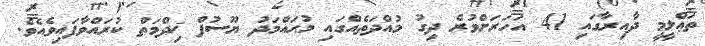
ތަޢްލީމީ ދާއިރާގައި 41 އަހަރަށްވުރެ ދިގު މުއްދަތެއްގައި މުޙައްމަދު ޔޫސުފް ޚިދްމަތް ކުރައްވާފައިވެއެވެ.